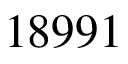
1 8 9 9 1